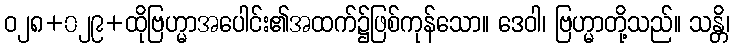
ဝ၂၈+၀၂၉+ထိုဗြဟ္မာအပေါင်း၏အထက်၌ဖြစ်ကုန်သော။ ဒေဝါ၊ ဗြဟ္မာတို့သည်။ သန္တိ၊